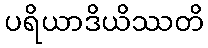
ပရိယာဒိယိဿတိ